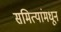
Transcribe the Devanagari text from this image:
समित्यांमधून